Annual statistical returns and brief notes on vaccination in Bengal - 1909-1929
Year: 1909
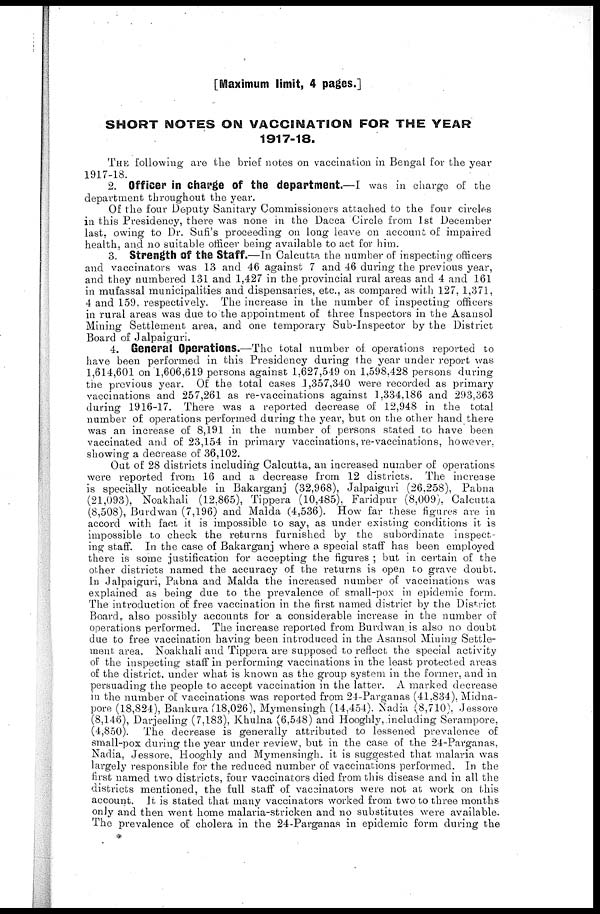
[Maximum limit, 4 pages.]
SHORT NOTES ON VACCINATION FOR THE YEAR
1917-18.
THE following are the brief notes on vaccination in Bengal for the year
1917-18.
2. Officer in charge of the department.—I was in charge of the
department throughout the year.
Of the four Deputy Sanitary Commissioners attached to the four circles
in this Presidency, there was none in the Dacca Circle from 1st December
last, owing to Dr. Sufi's proceeding on long leave on account of impaired
health, and no suitable officer being available to act for him.
3. Strength of the Staff.—In Calcutta the number of inspecting officers
and vaccinators was 13 and 46 against 7 and 46 during the previous year,
and they numbered 131 and 1,427 in the provincial rural areas and 4 and 161
in mufassal municipalities and dispensaries, etc., as compared with 127, 1,371,
4 and 159, respectively. The increase in the number of inspecting officers
in rural areas was due to the appointment of three Inspectors in the Asansol
Mining Settlement area, and one temporary Sub-Inspector by the District
Board of Jalpaiguri.
4. General Operations.—The total number of. operations reported to
have been performed in this Presidency during the year under report was
1,614,601 on 1,606,619 persons against 1,627,549 on 1,598,428 persons during
the previous year. Of the total cases 1,357,340 were recorded as primary
vaccinations and 257,261 as re-vaccinations against 1,334,186 and 293,363
during 1916-17. There was a reported decrease of 12,948 in the total
number of operations performed during the year, but on the other hand there
was an increase of 8,191 in the number of persons stated to have been
vaccinated and of 23,154 in primary vaccinations, re-vaccinations, however,
showing a decrease of 36,102.
Out of 28 districts including Calcutta, an increased number of operations
were reported from 16 and a decrease from 12 districts. The increase
is specially noticeable in Bakarganj (32,968), Jalpaiguri (26,258), Pabna
(21,093), Noakhali (12,865), Tippera (10,485), Faridpur (8,009), Calcutta
(8,508), Burdwan (7,196) and Malda (4,536). How far these figures are in
accord with fact it is impossible to say, as under existing conditions it is
impossible to check the returns furnished by the subordinate inspect-
ing staff. In the case of Bakarganj where a special staff has been employed
there is some justification for accepting the figures ; but in certain of the
other districts named the accuracy of the returns is open to grave doubt.
In Jalpaiguri, Pabna and Malda the increased number of vaccinations was
explained as being due to the prevalence of small-pox in epidemic form.
The introduction of free vaccination in the first named district by the District
Board, also possibly accounts for a considerable increase in the number of
operations performed. The increase reported from Burdwan is also no doubt
due to free vaccination having been introduced in the Asansol Mining Settle-
ment area. Noakhali and Tippera are supposed to reflect the special activity
of the inspecting staff in performing vaccinations in the least protected areas
of the district. under what is known as the group system in the former, and in
persuading the people to accept vaccination in the latter. A marked decrease
in the number of vaccinations was reported from 24-Parganas (41,834), Midna-
pore (18,824), Bankura (18,026), Mymensingh (14,454). Nadia (8,710), Jessore
(8,146), Darjeeling (7,183), Khulna (6,548) and Hooghly, including Serampore,
(4,850). The decrease is generally attributed to lessened prevalence of
small-pox during the year under review, but in the case of the 24-Parganas,
Nadia, Jessore, Hooghly and Mymensingh, it is suggested that malaria was
largely responsible for the reduced number of vaccinations performed. In the
first named two districts, four vaccinators died from this disease and in all the
districts mentioned, the full staff of vaccinators were not at work on this
account. It is stated that many vaccinators worked from two to three months
only and then went home malaria-stricken and no substitutes were available.
The prevalence of cholera in the 24-Parganas in epidemic form during the